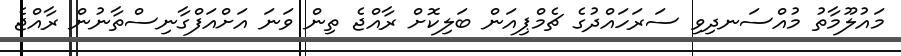
މައުލޫމާތު މުއްސަނދިވި ސަރަހައްދުގެ ޗެމްޕިއަން ބަލިކޮށް ރާއްޖެ ތިން ވަނަ އަށްއަފްގާނިސްތާނުން ރާއްޖެ